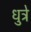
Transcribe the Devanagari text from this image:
धुत्रे